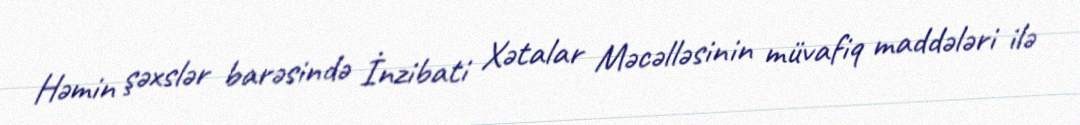
Həmin şəxslər barəsində İnzibati Xətalar Məcəlləsinin müvafiq maddələri ilə